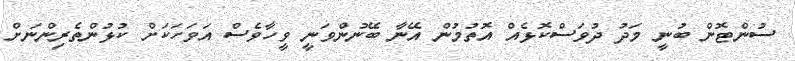
ސުންޓޮން ބުނީ މަދު ދުވަސްކޮޅެއް އޮތުމުން އޭނާ ބޭނުންވަނީ ވީހާވެސް އަވަހަކަށް ކުޅުންތެރިންނަށް